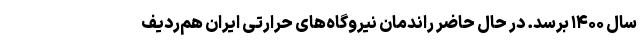
سال ۱۴۰۰ برسد. در حال حاضر راندمان نیروگاه‌های حرارتی ایران هم‌ردیف